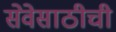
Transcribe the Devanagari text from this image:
सेवेसाठीची